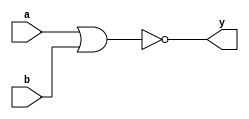
module nor_primitive(a, b, y);
    input a, b;
    output y;

    nor #(10) instance0(y, a, b);
endmodule